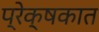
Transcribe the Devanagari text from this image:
प्रेक्षकात